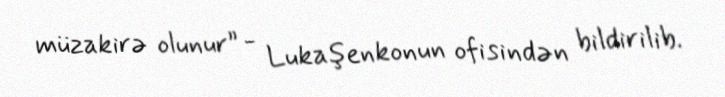
müzakirə olunur” - Lukaşenkonun ofisindən bildirilib.